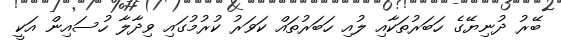
ބޭރު ދުނިޔޭގެ ހަބަރުތަކާއި ލުއި ހަބަރުތަައް ކަވަރު ކުރުމުގައި ވިދާލާ ހުސައިން އަކީ